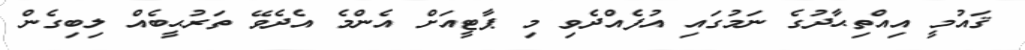
ޤައުމީ އިއްތިޙާދުގެ ނަމުގައި އުފެއްދެވި މި ޕާޓީއަށް އެންމެ އެދެވޭ ތަރުޙީބެއް ލިބިގެން